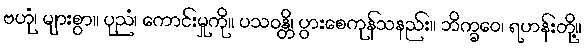
ဗဟုံ၊ များစွာ။ ပုညံ၊ ကောင်းမှုကို။ ပသဝန္တိ၊ ပွားစေကုန်သနည်း။ ဘိက္ခဝေ၊ ရဟန်းတို့။